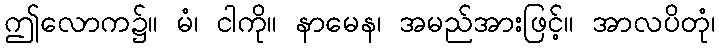
ဤလောက၌။ မံ၊ ငါကို။ နာမေန၊ အမည်အားဖြင့်။ အာလပိတုံ၊